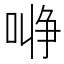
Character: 𰈞